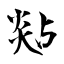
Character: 煔